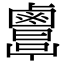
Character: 𪉷